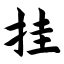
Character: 挂